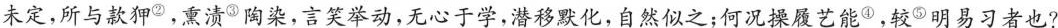
未定，所与款狎^{②}。熏渍^{③}陶染，言笑举动，无心于学，潜移默化，自然似之；何况操履艺能^{④}，较^{⑤}明易习者也?